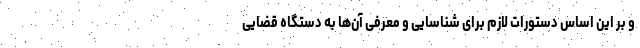
و بر این اساس دستورات لازم برای شناسایی و معرفی آن‌ها به دستگاه قضایی